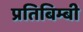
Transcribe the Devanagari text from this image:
प्रतिबिम्बी